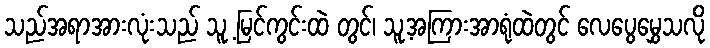
သည်အရာအားလုံးသည် သူ့ မြင်ကွင်းထဲ တွင်၊ သူ့အကြားအာရုံထဲတွင် လေပွေမွှေသလို